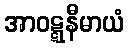
အာဝဋ္ဋနီမာယံ